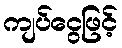
ကျပ်ငွေဖြင့်